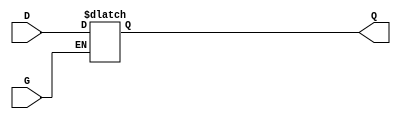
module gated_transparent_latch (
    input wire D,    // Data input
    input wire G,    // Enable signal
    output reg Q     // Output
);

// Always block that responds to changes in D and G
always @(*) begin
    if (G) begin
        Q = D;       // When G is high, Q follows D
    end else begin
        // When G is low, Q holds its last value (retains state)
        // No assignment here; retains previous value in Q
    end
end

endmodule